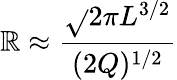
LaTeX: \mathbb{R}\approx\frac{{\sqrt{}{{2\pi}}L^{3/2}}}{{(2Q)^{1/2}}}